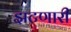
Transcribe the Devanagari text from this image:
झटणारी